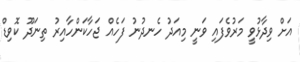
އަށް ވިދާޅުވީ މަރުވެފައި ވަނީ މިއަދު ހެނދުނު ފަހެއް ޖަހާކަންހާއިރު ތިނަދޫ ކޮވިޑް